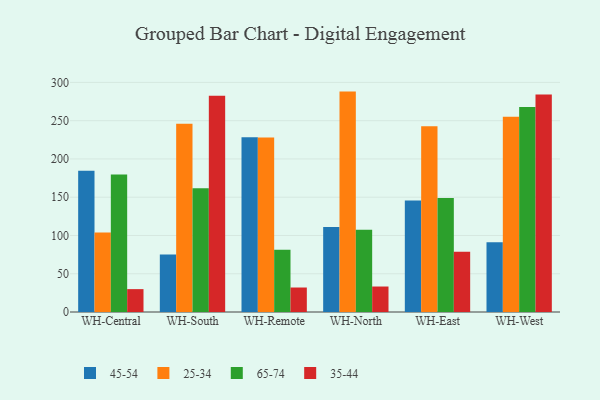
{"axis": {"x": "Warehouse", "y": "Budget (USD K)"}, "legend": ["25-34", "35-44", "45-54", "65-74"], "data": [{"x": "WH-Central", "y": 184.5, "type": "45-54"}, {"x": "WH-Central", "y": 103.9, "type": "25-34"}, {"x": "WH-Central", "y": 179.7, "type": "65-74"}, {"x": "WH-Central", "y": 29.9, "type": "35-44"}, {"x": "WH-South", "y": 75.2, "type": "45-54"}, {"x": "WH-South", "y": 245.9, "type": "25-34"}, {"x": "WH-South", "y": 161.8, "type": "65-74"}, {"x": "WH-South", "y": 282.6, "type": "35-44"}, {"x": "WH-Remote", "y": 228.5, "type": "45-54"}, {"x": "WH-Remote", "y": 228.0, "type": "25-34"}, {"x": "WH-Remote", "y": 81.4, "type": "65-74"}, {"x": "WH-Remote", "y": 32.0, "type": "35-44"}, {"x": "WH-North", "y": 111.0, "type": "45-54"}, {"x": "WH-North", "y": 288.0, "type": "25-34"}, {"x": "WH-North", "y": 107.6, "type": "65-74"}, {"x": "WH-North", "y": 33.3, "type": "35-44"}, {"x": "WH-East", "y": 145.6, "type": "45-54"}, {"x": "WH-East", "y": 242.8, "type": "25-34"}, {"x": "WH-East", "y": 148.9, "type": "65-74"}, {"x": "WH-East", "y": 78.8, "type": "35-44"}, {"x": "WH-West", "y": 91.0, "type": "45-54"}, {"x": "WH-West", "y": 255.0, "type": "25-34"}, {"x": "WH-West", "y": 268.0, "type": "65-74"}, {"x": "WH-West", "y": 284.3, "type": "35-44"}]}